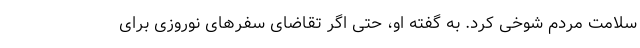
سلامت مردم شوخی کرد. به گفته او، حتی اگر تقاضای سفرهای نوروزی برای